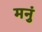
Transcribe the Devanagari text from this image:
मनुं